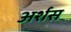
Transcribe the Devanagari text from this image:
अर्शस